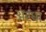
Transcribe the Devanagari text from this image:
अरधा